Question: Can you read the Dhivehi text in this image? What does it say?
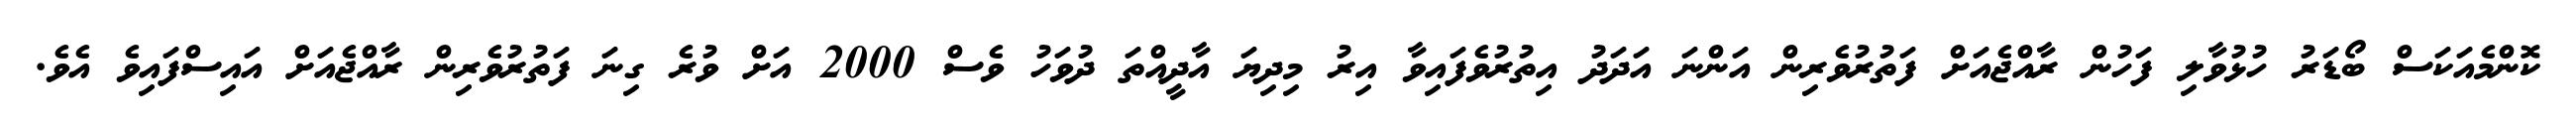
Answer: ކޮންމެއަކަސް ބޯޑަރު ހުޅުވާލި ފަހުން ރާއްޖެއަށް ފަތުރުވެރިން އަންނަ އަދަދު އިތުރުވެފައިވާ އިރު މިދިޔަ އާދީއްތަ ދުވަހު ވެސް 2000 އަށް ވުރެ ގިނަ ފަތުރުވެރިން ރާއްޖެއަށް އައިސްފައިވެ އެވެ.